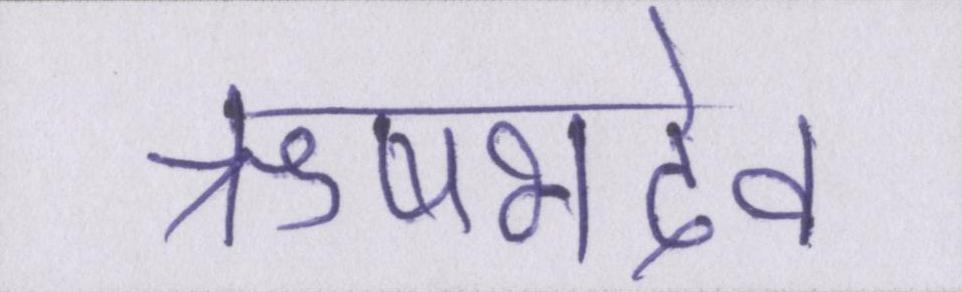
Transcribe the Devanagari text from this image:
ऋषभदेव